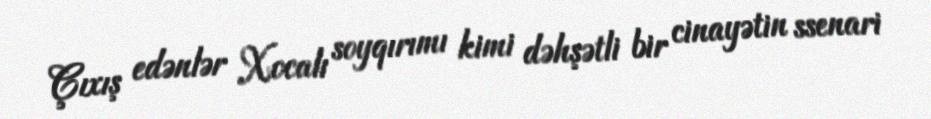
Çıxış edənlər Xocalı soyqırımı kimi dəhşətli bir cinayətin ssenari